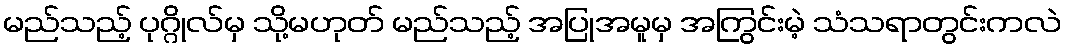
မည်သည့် ပုဂ္ဂိုလ်မှ သို့မဟုတ် မည်သည့် အပြုအမူမှ အကြွင်းမဲ့ သံသရာတွင်းကလဲ